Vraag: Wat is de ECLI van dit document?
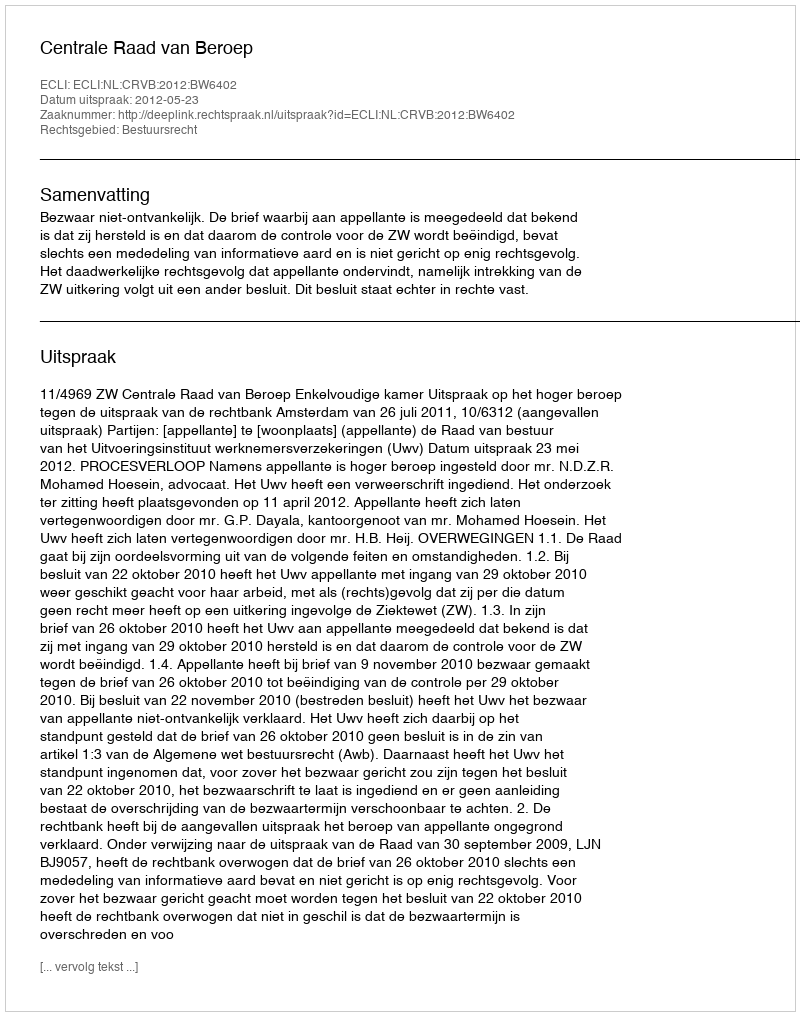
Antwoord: ECLI:NL:CRVB:2012:BW6402